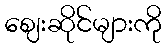
ဈေးဆိုင်များကို